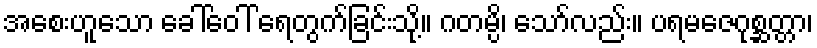
အစေးဟူသော ခေါ်ဝေါ် ရေတွက်ခြင်းသို့။ ဂတမ္ပိ၊ သော်လည်း။ ပရမဇေဂုစ္ဆတ္တာ၊